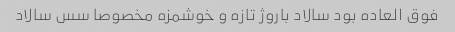
فوق العاده بود سالاد باروژ تازه و خوشمزه مخصوصا سس سالاد